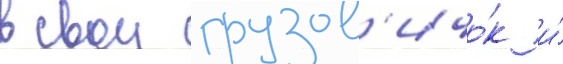
в свои грузов'ичо́к и́